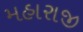
મહારાજી